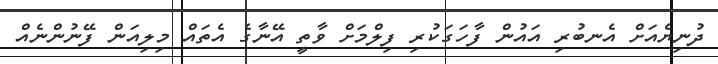
ދުނިޔެއަށް އެނބުރި އައުން ފާހަގަކުރި ފިލްމަށް ވާތީ އޭނާގެ އެތައް މިލިއަން ފޭނުންނެއް